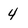
Character: 4